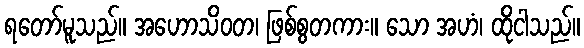
ရတော်မူသည်။ အဟောသိဝတ၊ ဖြစ်စွတကား။ သော အဟံ၊ ထိုငါသည်။